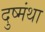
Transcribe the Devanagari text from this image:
दुष्मंथा